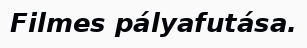
Filmes pályafutása.